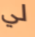
لي